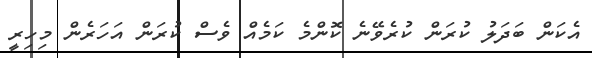
އެކަން ބަދަލު ކުރަން ކުރެވޭނެ ކޮންމެ ކަމެއް ވެސް ކުރަން އަހަރެން މިހިރީ